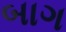
બાગ